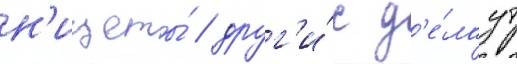
н'ищеты́ / друг'и́е д'е́лаут